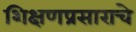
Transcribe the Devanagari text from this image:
शिक्षणप्रसाराचे